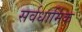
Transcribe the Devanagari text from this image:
सर्वधार्मिक